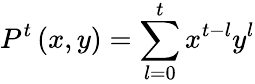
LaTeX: P^{t}\left(x,y\right)=\sum_{l=0}^{t}x^{t-l}y^{l}